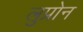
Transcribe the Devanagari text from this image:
लुप्रोन